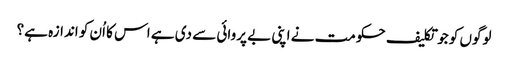
لوگوں کو جو تکلیف حکومت نے اپنی بے پروائی سے دی ہے اس کا اُن کو اندازہ ہے؟